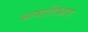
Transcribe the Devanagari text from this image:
भाषाविभाग